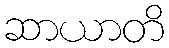
ဆာယာတိ